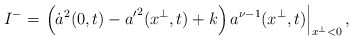
\begin{align*}I^{-} =\left.\left(\dot{a}^2(0,t)-{a'}^2(x^\perp,t)+k\right)a^{\nu-1}(x^\perp,t)\right|_{x^\perp < 0},\end{align*}